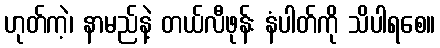
ဟုတ်ကဲ့၊ နာမည်နဲ့ တယ်လီဖုန်း နံပါတ်ကို သိပါရစေ။